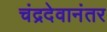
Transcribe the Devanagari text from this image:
चंद्रदेवानंतर